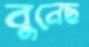
বুনেছ